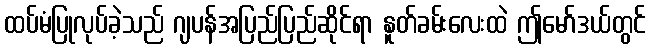
ထပ်မံပြုလုပ်ခဲ့သည် ဂျပန်အပြည်ပြည်ဆိုင်ရာ နူတ်ခမ်းလေးထဲ ဤမော်ဒယ်တွင်